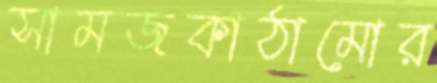
সামজকাঠামোর